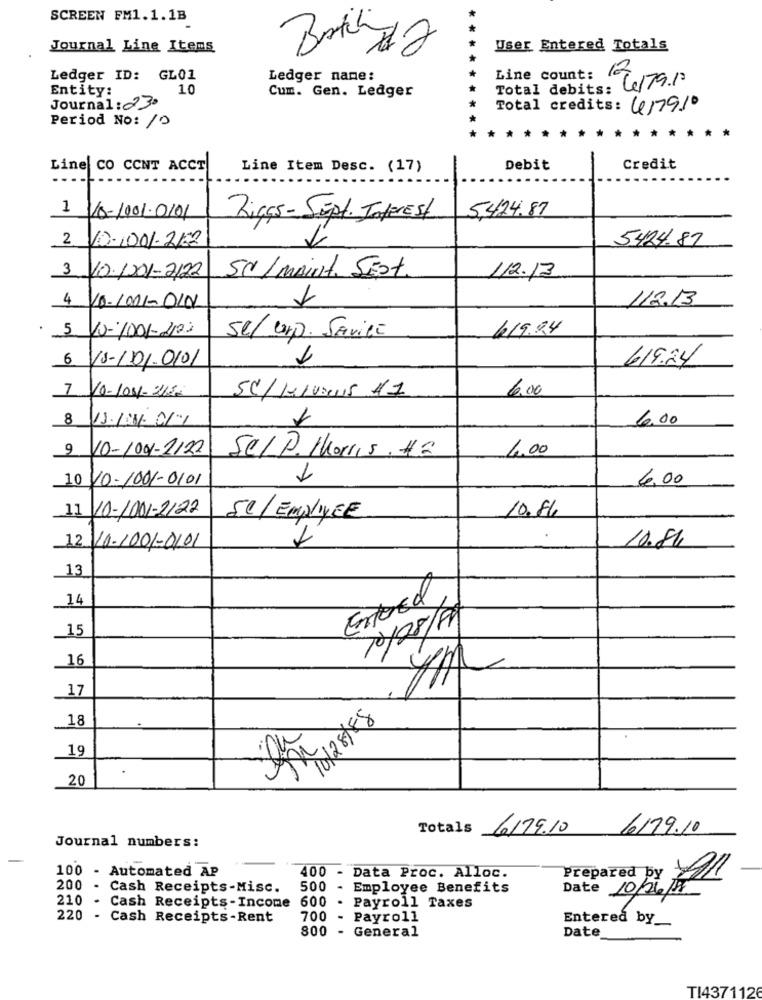
SCREEN FM1.1.1B
Journal Line Items
User Entered Totals
Ledger ID: GL01
Ledger name:
Total debits: 4/79.13
Line count:
Entity:
10
Cum. Gen. Ledger
Journal:23.
Total credits: 417910
Period No: 10
* * *
*
*
*
Line CO CCNT ACCT
Line Item Desc. (17)
Debit
Credit
5,424.87
1 /8/001.0101
Rigas- Sept. Interest
2
10-1001-2122
5424.87
500/MAint. SEst.
3 10/201-2/22
112.13
112.13
4 10-1001-0101
5
10-1001-2002
419.24
Sel corp. Savice
6 18-11010101
619.24
6.00
7 10-100-120
SC/ 110aus 11
80
6.00
9 10-1004-2122
4.00
SelP. Morris . 42
10 10-1001-0101
1
6.00
11 10-1001-2122
10.84
SC/ EMplyEE
10.84
12 10-1001-0101
13
14
Entered
15
16
17
18
1028758
19
386
20
6179.10
Totals 6179.10
Journal numbers:
100 - Automated AP
400
Data Proc. Alloc.
Prepared by
200
Cash Receipts-Misc.
500
Employee Benefits
Date 10/06/199
210
Cash Receipts-Income 600
.
Payroll Taxes
220
- Cash Receipts-Rent
700
- Payroll
Entered by_
800
- General
Date
TI4371126